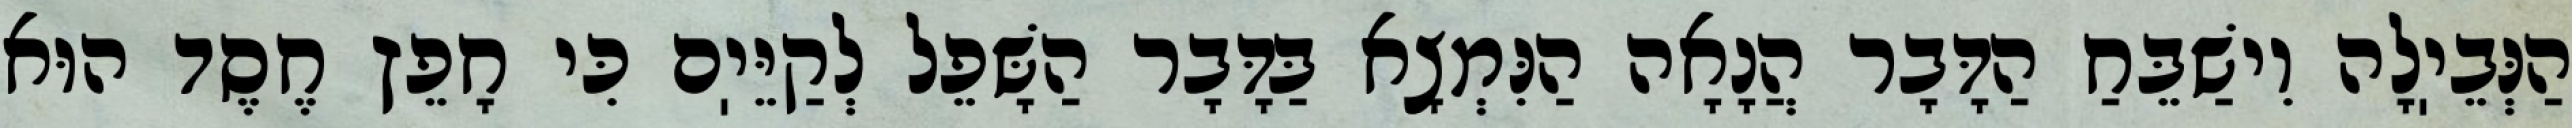
הַנְּבֵיֽלָה וִישַׁבֵּחַ הַדָּבָר הֲנָאָה הַנִּמְצָא בַּדָּבָר הַשָּׁפֵל לְקַיֵּיֽם כִּי חָפֵץ חֶסֶד הוּא